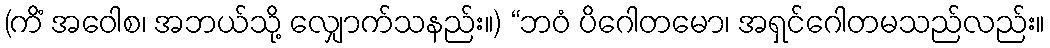
(ကိံ အဝေါစ၊ အဘယ်သို့ လျှောက်သနည်း။) “ဘဝံ ပိဂေါတမော၊ အရှင်ဂေါတမသည်လည်း။